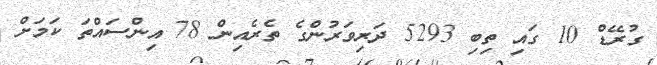
ގުރޭޑް 10 ގައި ތިބި 5293 ދަރިވަރުންގެ ތެރެއިން 78 އިންސައްތަ ކަމަށް